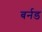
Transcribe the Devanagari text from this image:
बर्नड